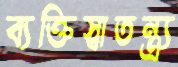
ব্যক্তিস্বাতন্ত্র্য